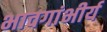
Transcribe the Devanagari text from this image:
भावगांभीर्य